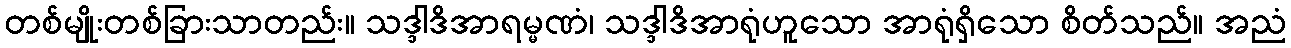
တစ်မျိုးတစ်ခြားသာတည်း။ သဒ္ဒါဒိအာရမ္မဏံ၊ သဒ္ဒါဒိအာရုံဟူသော အာရုံရှိသော စိတ်သည်။ အညံ